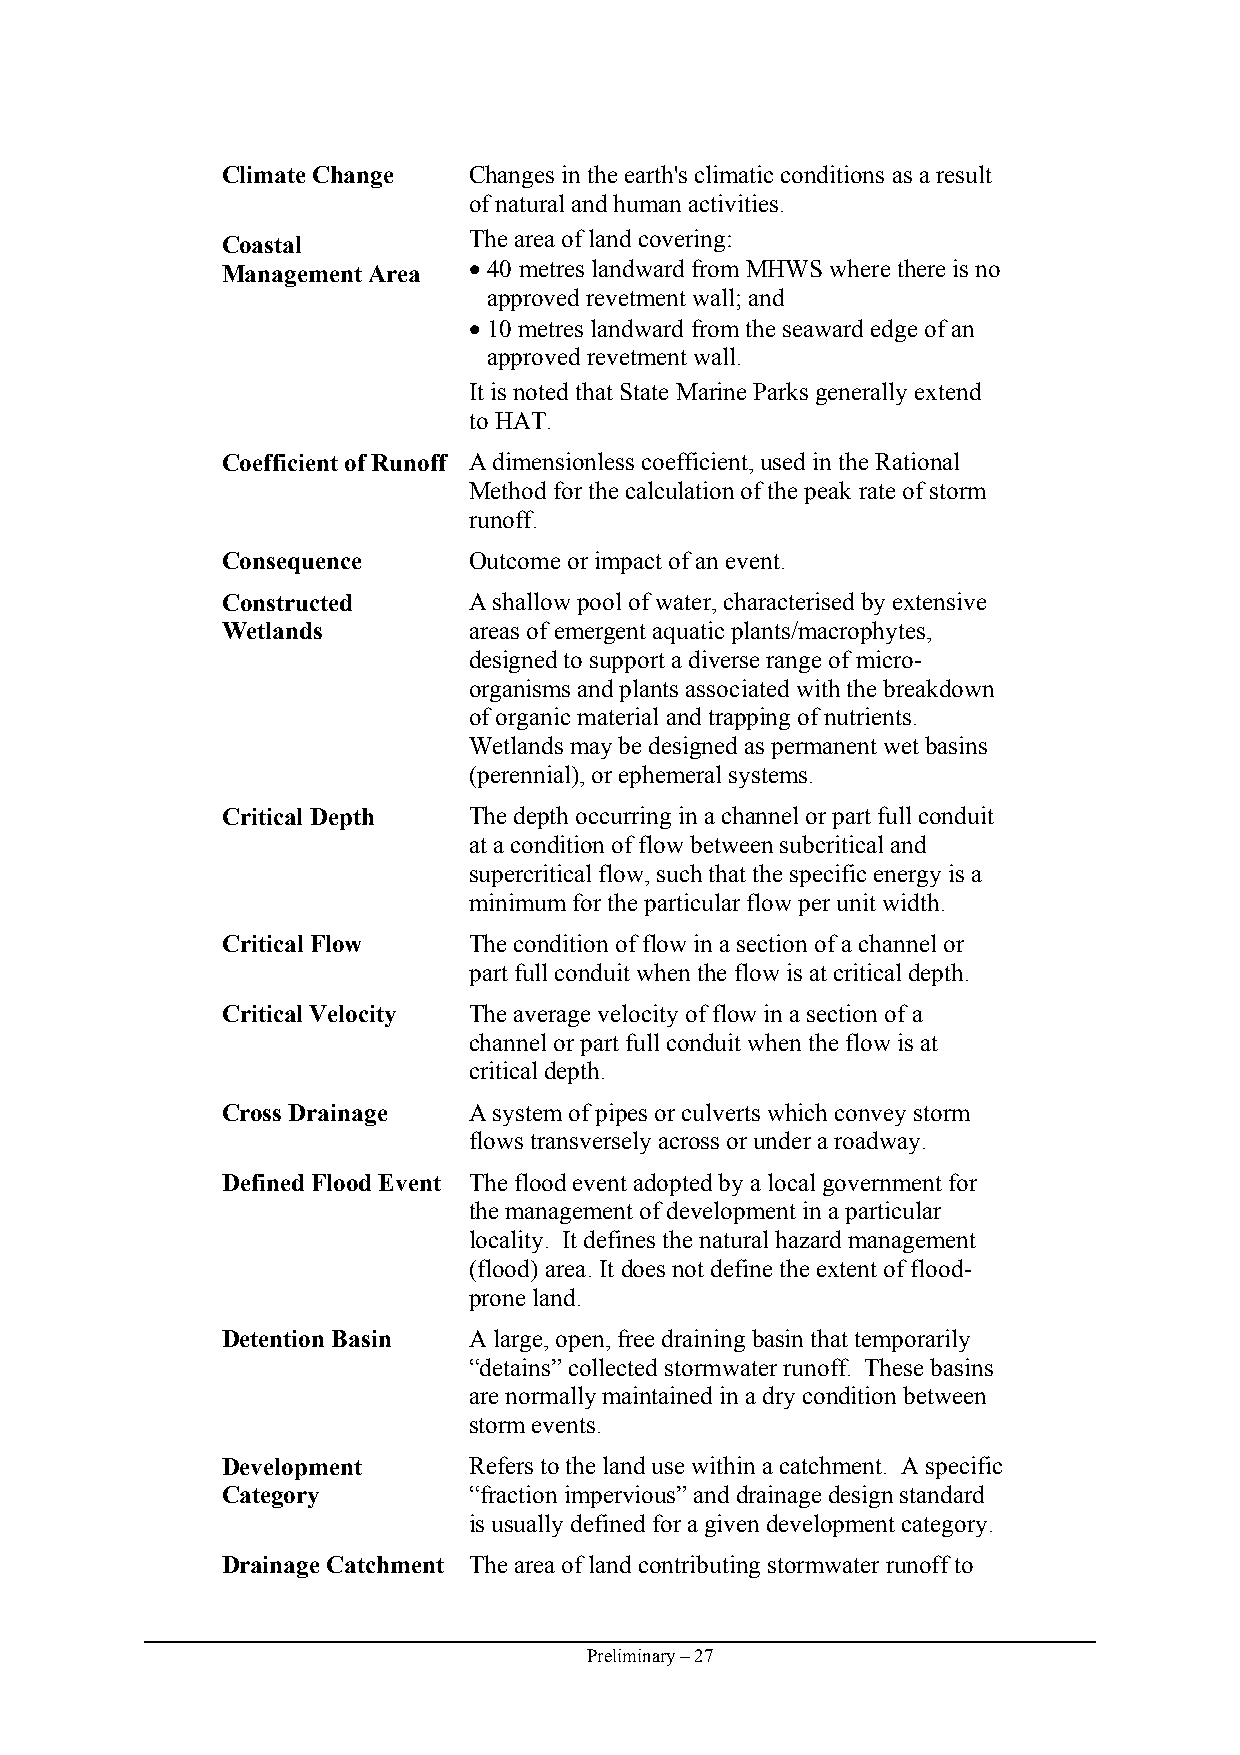
Climate Change  Changes in the earth's climatic conditions as a result
 of natural and human activities.
 The area of land covering:
 Coastal
 Management Area • 40 metres landward from MHWS where there is no
 approved revetment wall; and
 • 10 metres landward from the seaward edge of an
 approved revetment wall.
 It is noted that State Marine Parks generally extend
 to HAT.
 Coefficient of Runoff A dimensionless coefficient, used in the Rational
 Method for the calculation of the peak rate of storm
 runoff.
 Consequence     Outcome or impact of an event.
 Constructed     A shallow pool of water, characterised by extensive
 Wetlands        areas of emergent aquatic plants/macrophytes,
 designed to support a diverse range of micro-
 organisms and plants associated with the breakdown
 of organic material and trapping of nutrients.
 Wetlands may be designed as permanent wet basins
 (perennial), or ephemeral systems.
 Critical Depth  The depth occurring in a channel or part full conduit
 at a condition of flow between subcritical and
 supercritical flow, such that the specific energy is a
 minimum for the particular flow per unit width.
 Critical Flow   The condition of flow in a section of a channel or
 part full conduit when the flow is at critical depth.
 Critical Velocity The average velocity of flow in a section of a
 channel or part full conduit when the flow is at
 critical depth.
 Cross Drainage  A system of pipes or culverts which convey storm
 flows transversely across or under a roadway.
 Defined Flood Event The flood event adopted by a local government for
 the management of development in a particular
 locality. It defines the natural hazard management
 (flood) area. It does not define the extent of flood-
 prone land.
 Detention Basin A large, open, free draining basin that temporarily
 “detains” collected stormwater runoff. These basins
 are normally maintained in a dry condition between
 storm events.
 Development     Refers to the land use within a catchment. A specific
 Category        “fraction impervious” and drainage design standard
 is usually defined for a given development category.
 Drainage Catchment The area of land contributing stormwater runoff to
 Preliminary – 27